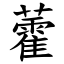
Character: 藿